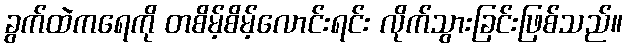
ခွက်ထဲကရေကို တစိမ့်စိမ့်လောင်းရင်း လိုက်သွားခြင်းဖြစ်သည်။